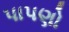
પાપણો